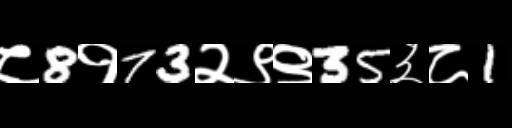
Text: ८8१73२९९35३८1